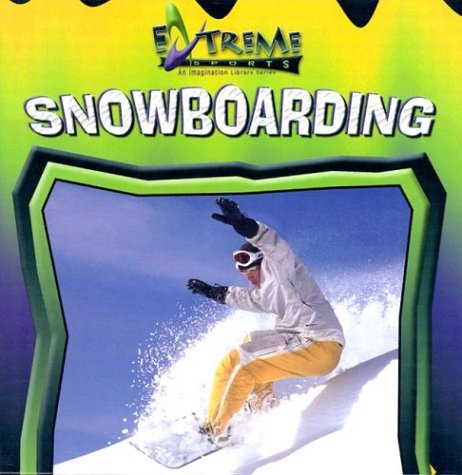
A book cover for Snowboarding (Extreme Sports); Bob Woods; Sports & Outdoors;